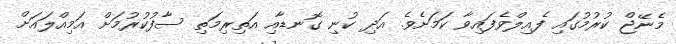
މެނޭޖް ކުރުމުގައި ފެއިލްވެފައިވާ ކަމަށެވެ. އަދި ކުނި ގޮނޑާއި އަތިރިމަތި ސާފުކުރުމަށް އަމިއްލައަށް